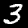
Digit: 3